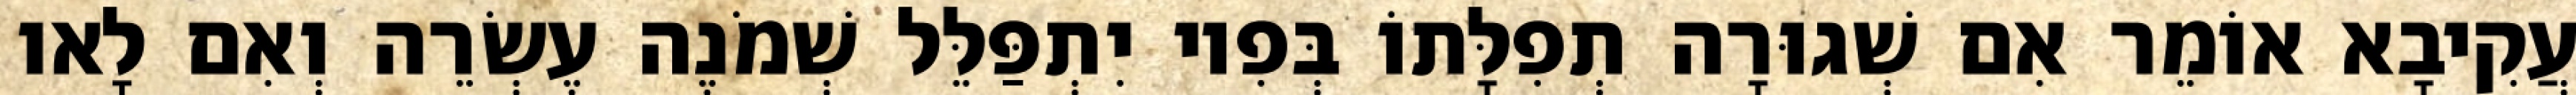
עֲקִיבָא אוֹמֵר אִם שְׁגוּרָה תְפִלָּתוֹ בְּפִיו יִתְפַּלֵּל שְׁמֹנֶה עֶשְׂרֵה וְאִם לָאו